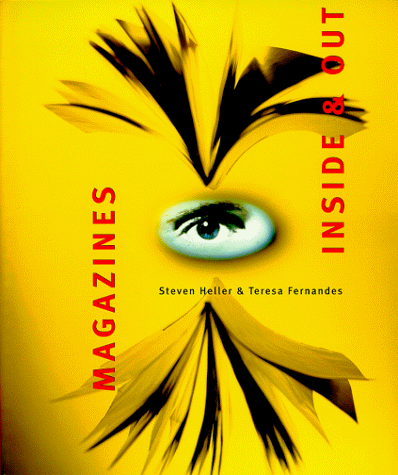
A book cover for Magazines Inside & Out; Steven Heller; Humor & Entertainment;